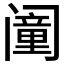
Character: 𬮸